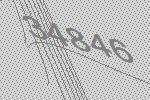
34846